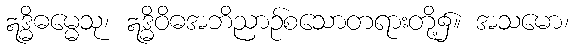
ဣဒ္ဓိဓမ္မေသု၊ ဣဒ္ဓိဝိဓအဘိညာဉ်စသောတရားတို့၌။ အသမော၊